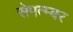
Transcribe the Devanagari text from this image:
सेपत्म्बर